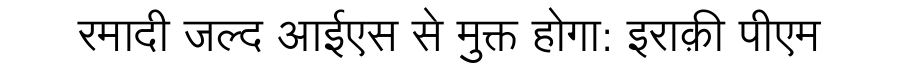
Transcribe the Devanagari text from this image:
रमादी जल्द आईएस से मुक्त होगा: इराक़ी पीएम